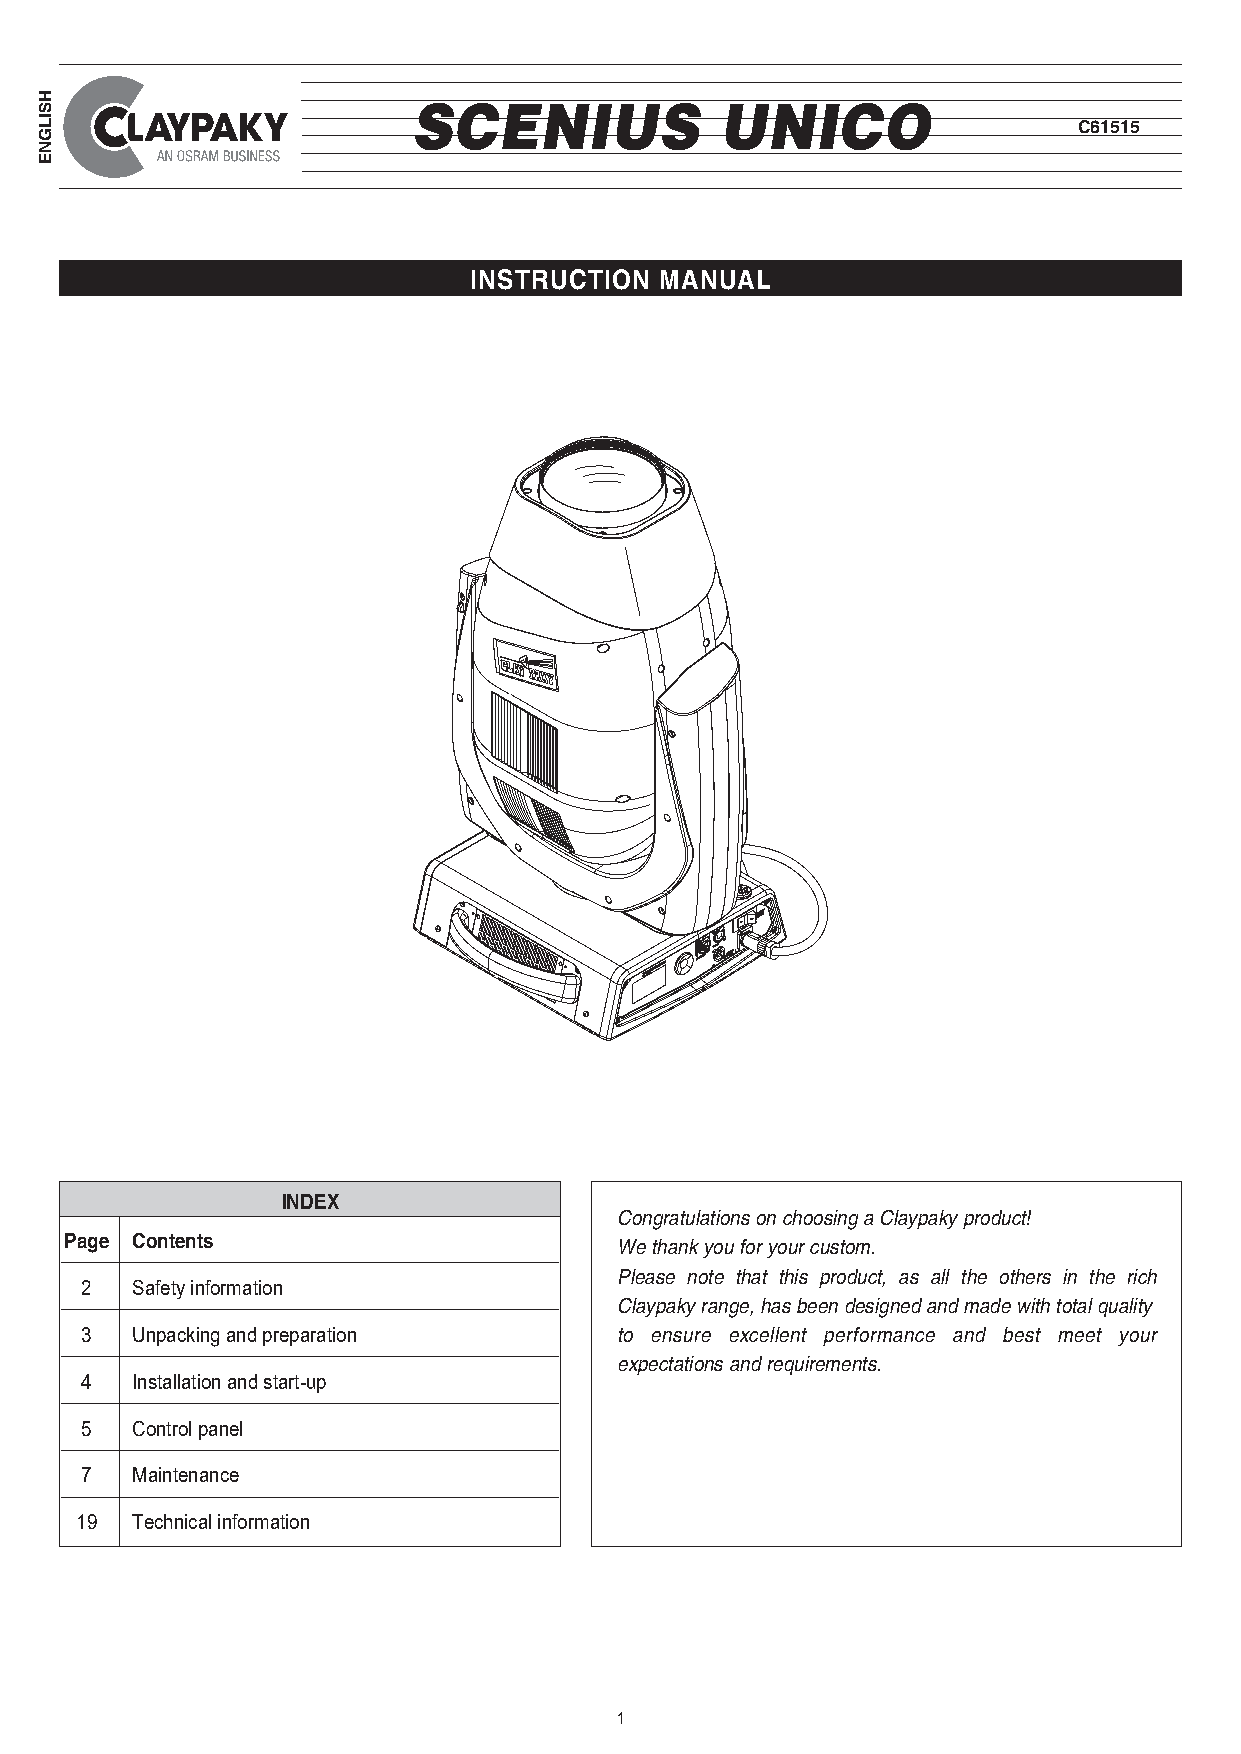
SCENIUS              UNICO
 C61515
 INSTRUCTION  MANUAL
 INDEX
 Congratulations on choosing a Claypaky product!
 Page Contents
 We thank you for your custom.
 Please note that this product, as all the others in the rich
 2   Safety information
 Claypaky range, has been designed and made with total quality
 3   Unpacking and preparation       to ensure excellent performance and best meet your
 expectations and requirements.
 4   Installation and start-up
 5   Control panel
 7   Maintenance
 19  Technical information
 1
 HSILGNE